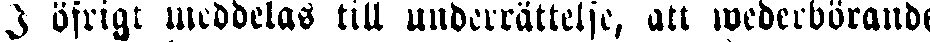
I öfrigt meddelas till underrättelse, att wederbörande